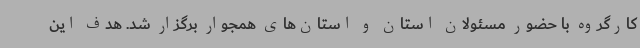
کارگروه با حضور مسئولان استان و استان‌های همجوار برگزار شد. هدف این